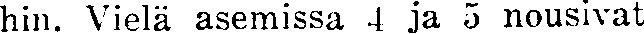
hin. Vielä asemissa 4 ja 5 nousivat